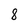
Character: 8